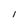
Character: l